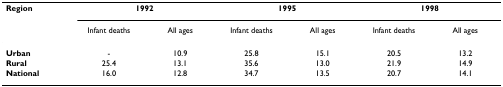
| Region | <COLSPAN=2> 1992 | <COLSPAN=2> 1995 | <COLSPAN=2> 1998 |
 |  | Infant deaths | All ages | Infant deaths | All ages | Infant deaths | All ages |
 | --- | --- | --- | --- | --- | --- | --- |
 | Urban | - | 10.9 | 25.8 | 15.1 | 20.5 | 13.2 |
 | Rural | 25.4 | 13.1 | 35.6 | 13.0 | 21.9 | 14.9 |
 | National | 16.0 | 12.8 | 34.7 | 13.5 | 20.7 | 14.1 |